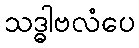
သဒ္ဓါဗလံပေ